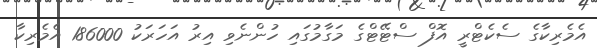
އެމެރިކާގެ ސެކެޓްރީ އޮފް ސްޓޭޓްގެ މަގާމުގައި ހުންނެވި އިރު އަހަރަކު 186000 އެމެރިކާ